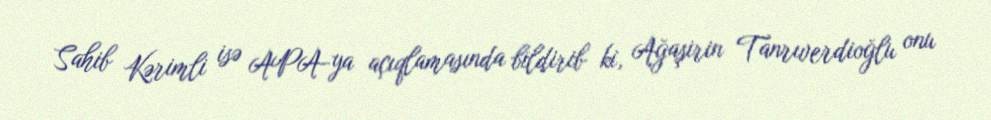
Sahib Kərimli isə APA-ya açıqlamasında bildirib ki, Ağaşirin Tanrıverdioğlu onu